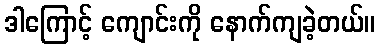
ဒါကြောင့် ကျောင်းကို နောက်ကျခဲ့တယ်။